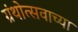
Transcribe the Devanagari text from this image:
ग्रंथोत्सवाच्या